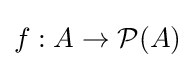
f:A\to {\mathcal {P}}(A)